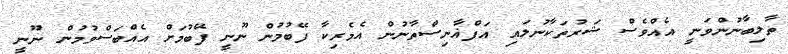
ތާލިބާނުންވަނީ އެއްވެސް ޝަރުތަކާނުލައި އަފްޣާނިސްތާނުން އެެމެރިކާ ފޭބުމުން ނޫނީ ފޭބުމަށް އެއްބަސްވުމުން ނޫނީ